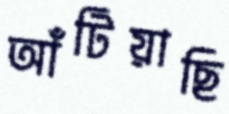
আঁটিয়াছি